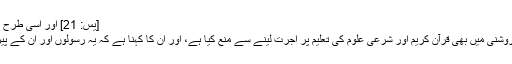
[يس: 21] اور اسی طرح کی دوسری آیات کا جواب:
اہل علم نے ایسی آیات کی روشنی میں بھی قرآن کریم اور شرعی علوم کی تعلیم پر اجرت لینے سے منع کیا ہے، اور ان کا کہنا ہے کہ یہ رسولوں اور ان کے پیروکاروں کا شیوہ نہیں ہے۔